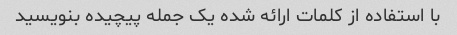
با استفاده از کلمات ارائه شده یک جمله پیچیده بنویسید